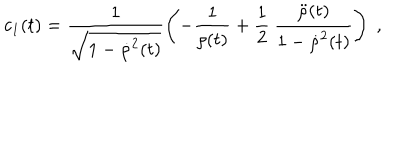
c _ { 1 } ( t ) = \frac { 1 } { \sqrt { 1 - { \dot { \rho } } ^ { 2 } ( t ) } } \left( - \frac { 1 } { \rho ( t ) } + \frac { 1 } { 2 } \: \frac { { \ddot { \rho } } ( t ) } { 1 - { \dot { \rho } } ^ { 2 } ( t ) } \right) \; ,